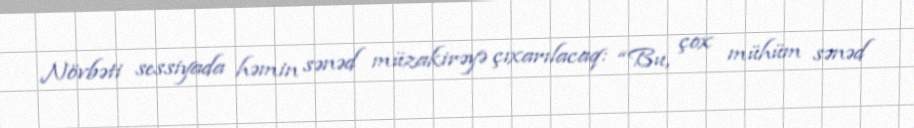
Növbəti sessiyada həmin sənəd müzakirəyə çıxarılacaq: “Bu, çox mühüm sənəd